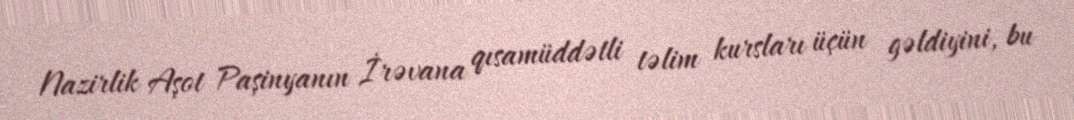
Nazirlik Aşot Paşinyanın İrəvana qısamüddətli təlim kursları üçün gəldiyini, bu